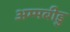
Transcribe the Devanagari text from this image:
अम्मबीडु